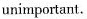
unmportant.